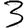
Digit: 3